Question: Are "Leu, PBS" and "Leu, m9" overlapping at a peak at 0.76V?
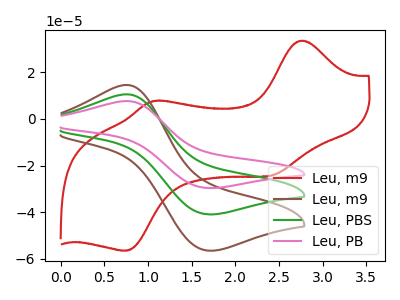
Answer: <think>The red curve "Leu, m9" has anodic peaks at (2.75V, 33.55uA) (1.05V, 7.60uA) and cathodic peaks at (2.40V, -24.30uA) (0.75V, -56.50uA). The brown curve "Leu, m9" has an anodic peak at (0.75V, 14.55uA) and a cathodic peak at (1.70V, -56.45uA). The green curve "Leu, PBS" has an anodic peak at (0.75V, 10.55uA) and a cathodic peak at (1.70V, -40.90uA). The pink curve "Leu, PB" has an anodic peak at (0.75V, 21.05uA) and a cathodic peak at (1.70V, -81.80uA).</think>
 <answer>Yes, "Leu, PBS" and "Leu, m9" share a peak at 0.76V.</answer>
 <eval>match</eval>